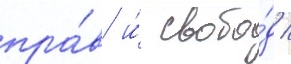
пра́в и́ свобо́д /